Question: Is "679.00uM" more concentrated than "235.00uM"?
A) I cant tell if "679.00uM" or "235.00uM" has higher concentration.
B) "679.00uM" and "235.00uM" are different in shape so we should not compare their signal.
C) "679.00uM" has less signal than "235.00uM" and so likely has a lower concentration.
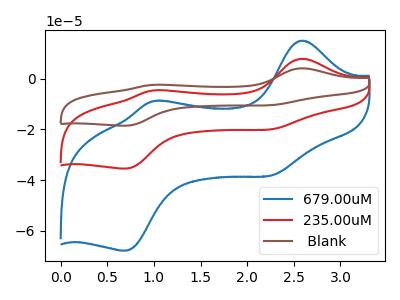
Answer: <think>The blue curve "679.00uM" has anodic peaks at (2.60V, 15.00uA) (1.00V, -8.90uA) and cathodic peaks at (2.25V, -38.20uA) (0.70V, -67.85uA). The red curve "235.00uM" has anodic peaks at (2.60V, 7.85uA) (1.00V, -4.65uA) and cathodic peaks at (2.25V, -20.00uA) (0.70V, -35.50uA). The brown curve " Blank" has anodic peaks at (2.60V, 15.70uA) (1.00V, -9.30uA) and cathodic peaks at (2.25V, -39.95uA) (0.70V, -70.95uA).
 All the peaks in "679.00uM" have a peak in "235.00uM" at the same potential.</think>
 <answer>A) I cant tell if "679.00uM" or "235.00uM" has higher concentration.</answer>
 <eval>A</eval>